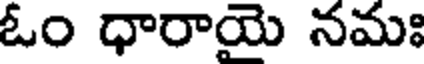
ఓం ధారాయె నమః